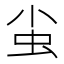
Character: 𧈨